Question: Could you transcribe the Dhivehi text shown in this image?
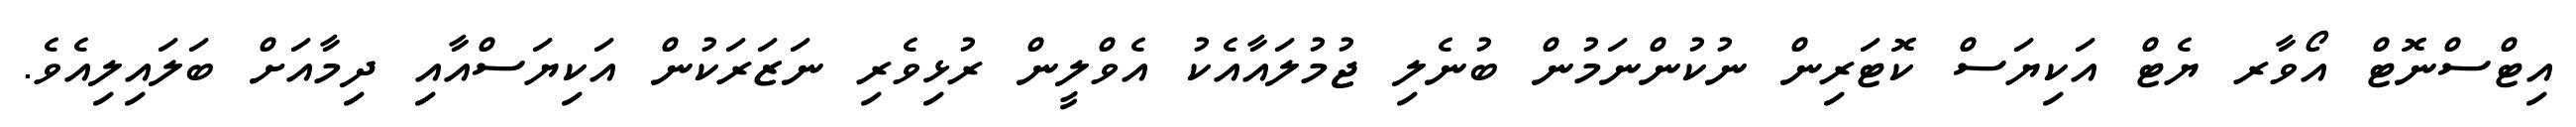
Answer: އިޓްސްނޮޓް އޯވާރ ޔެޓް އަކިޔަސް ކޮޓަރިން ނުކުންނަމުން ބުނެލި ޖުމުލައާއެކު އެވްލީން ރުޅިވެރި ނަޒަރަކުން އަކިޔަސްއާއި ދިމާއަށް ބަލައިލިއެވެ.